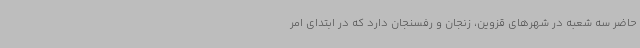
حاضر سه شعبه در شهرهای قزوین، زنجان و رفسنجان دارد که در ابتدای امر